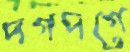
দগদগে